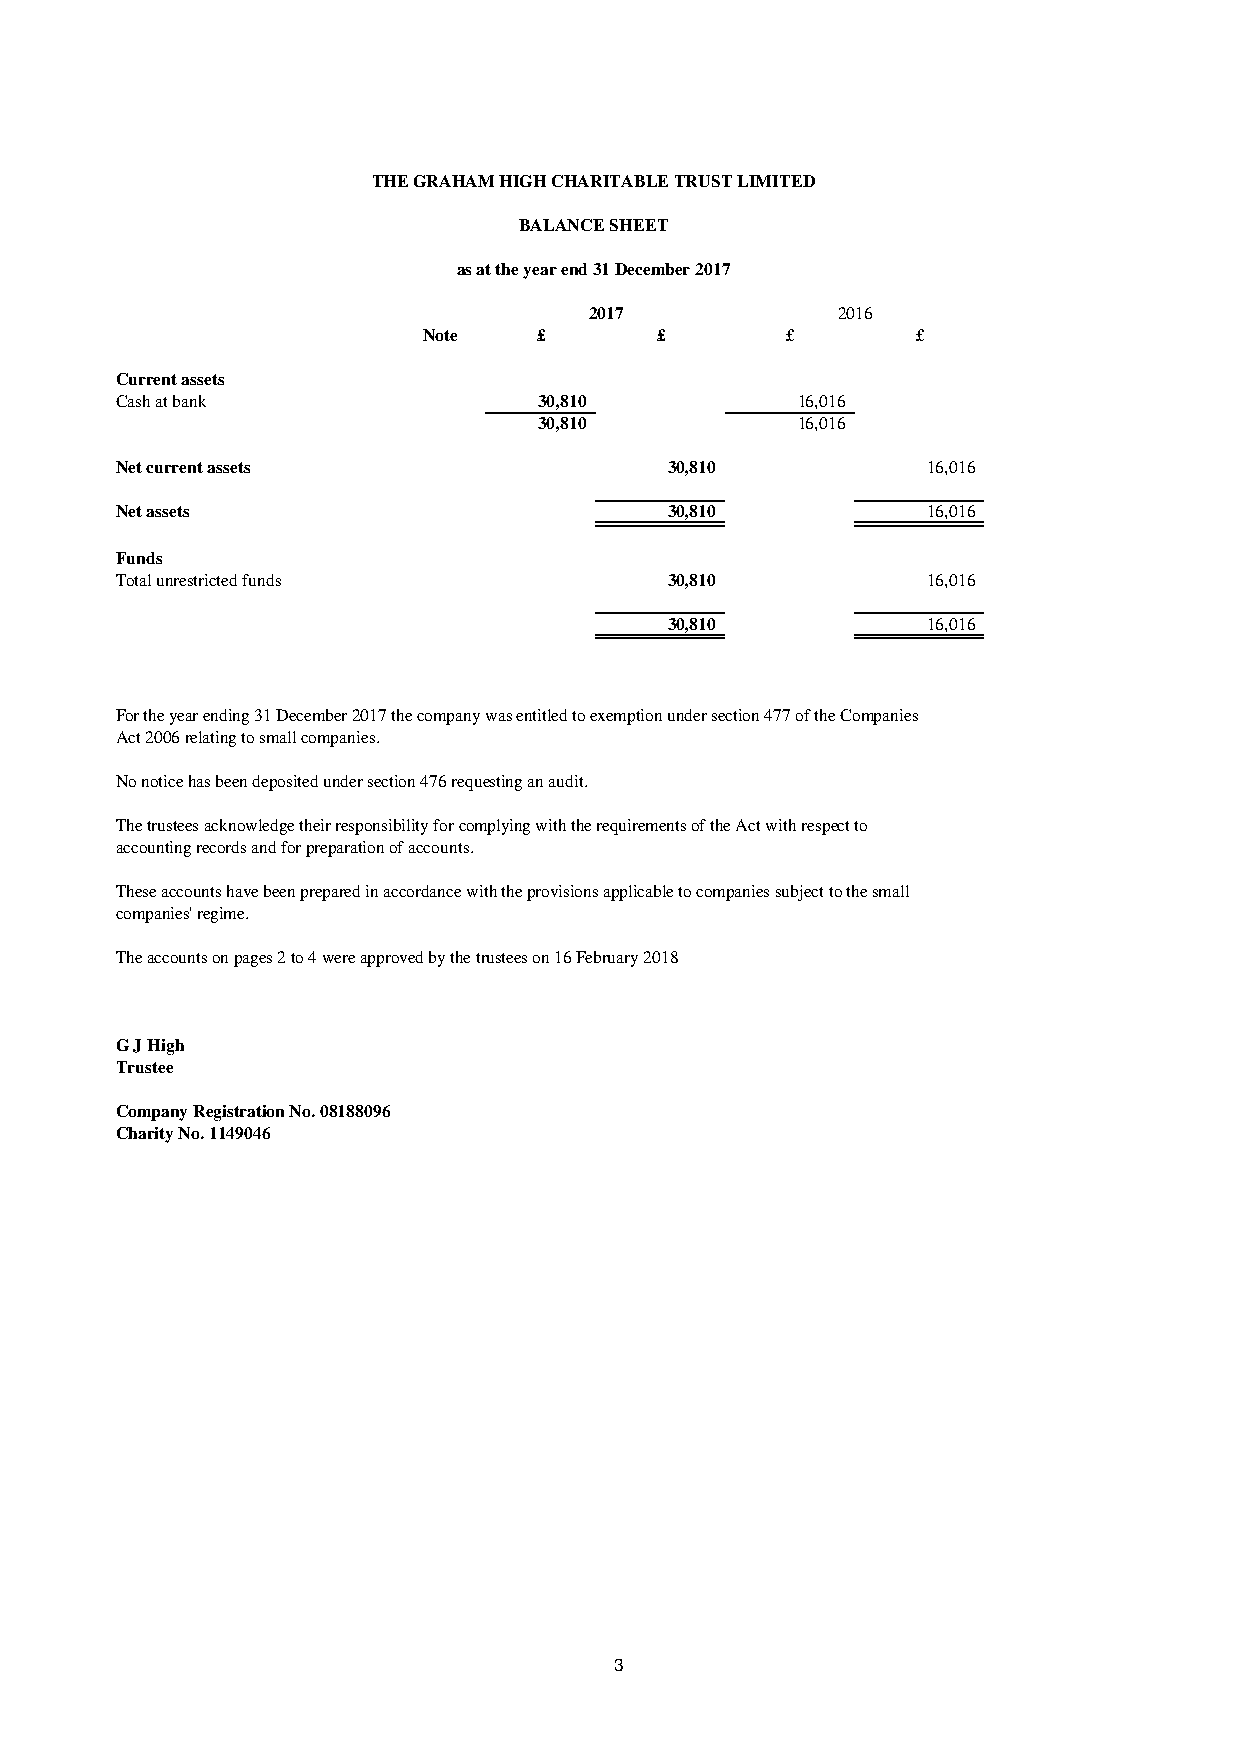
THE GRAHAM HIGH CHARITABLE TRUST LIMITED
 BALANCE SHEET
 as at the year end 31 December 2017
 2017            2016
 Note    £      £        £        £
 Current assets
 Cash at bank                30,810           16,016
 30,810           16,016
 Net current assets                  30,810           16,016
 Net assets                          30,810           16,016
 Funds
 Total unrestricted funds            30,810           16,016
 30,810           16,016
 For the year ending 31 December 2017 the company was entitled to exemption under section 477 of the Companies
 Act 2006 relating to small companies.
 No notice has been deposited under section 476 requesting an audit.
 The trustees acknowledge their responsibility for complying with the requirements of the Act with respect to
 accounting records and for preparation of accounts.
 These accounts have been prepared in accordance with the provisions applicable to companies subject to the small
 companies' regime.
 The accounts on pages 2 to 4 were approved by the trustees on 16 February 2018
 G J High
 Trustee
 Company Registration No. 08188096
 Charity No. 1149046
 3